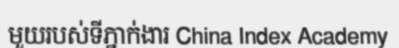
មួយរបស់ទីភ្នាក់ងារ China Index Academy